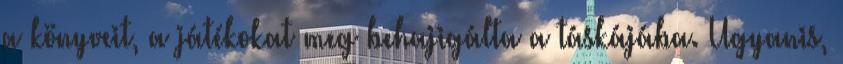
a könyveit, a játékokat meg behajigálta a táskájába. Ugyanis,